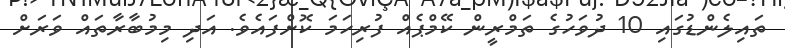
ތައިލެންޑުގައި 10 ދުވަހުގެ ތަމްރީން ކޭމްޕެއް ފުރިހަމަ ކޮށްފައެވެ. އަދި މިމުބާރާތައް ވަރަށް